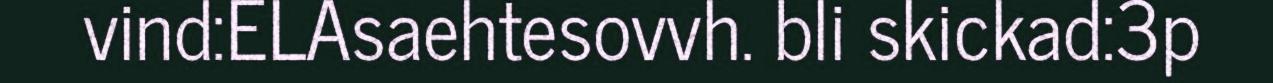
vind:ELAsaehtesovvh. bli skickad:3p